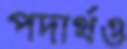
পদার্থও